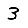
Digit: 3